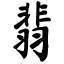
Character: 翡